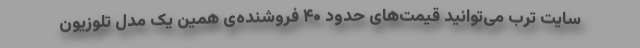
سایت ترب می‌توانید قیمت‌های حدود ۴۰ فروشنده‌ی همین یک مدل تلوزیون